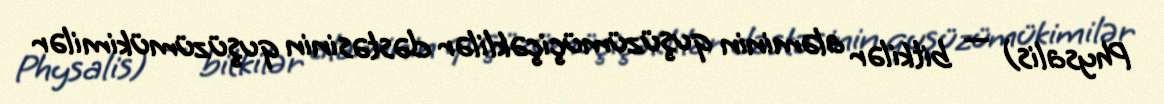
Physalis) — bitkilər aləminin quşüzümüçiçəklilər dəstəsinin quşüzümükimilər